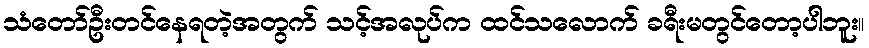
သံတော်ဦးတင်နေရတဲ့အတွက် သင့်အလုပ်က ထင်သလောက် ခရီးမတွင်တော့ပါဘူး။